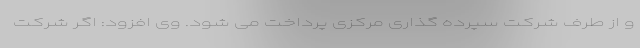
و از طرف شرکت سپرده گذاری مرکزی پرداخت می شود. وی افزود: اگر شرکت